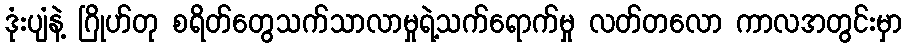
ဒုံးပျံနဲ့ ဂြိုဟ်တု စရိတ်တွေသက်သာလာမှုရဲ့သက်ရောက်မှု လတ်တလော ကာလအတွင်းမှာ